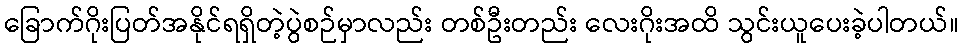
ခြောက်ဂိုးပြတ်အနိုင်ရရှိတဲ့ပွဲစဉ်မှာလည်း တစ်ဦးတည်း လေးဂိုးအထိ သွင်းယူပေးခဲ့ပါတယ်။